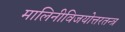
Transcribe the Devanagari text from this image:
मालिनीविजयोत्तरतन्त्र